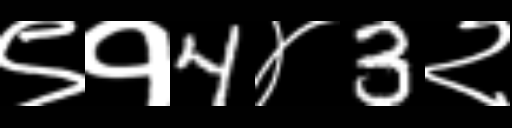
Text: ९१4४3२